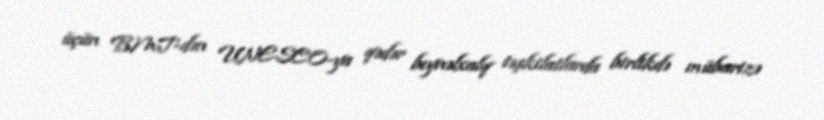
üçün BMT-dən UNESCO-ya qədər beynəlxalq təşkilatlarda birlikdə mübarizə